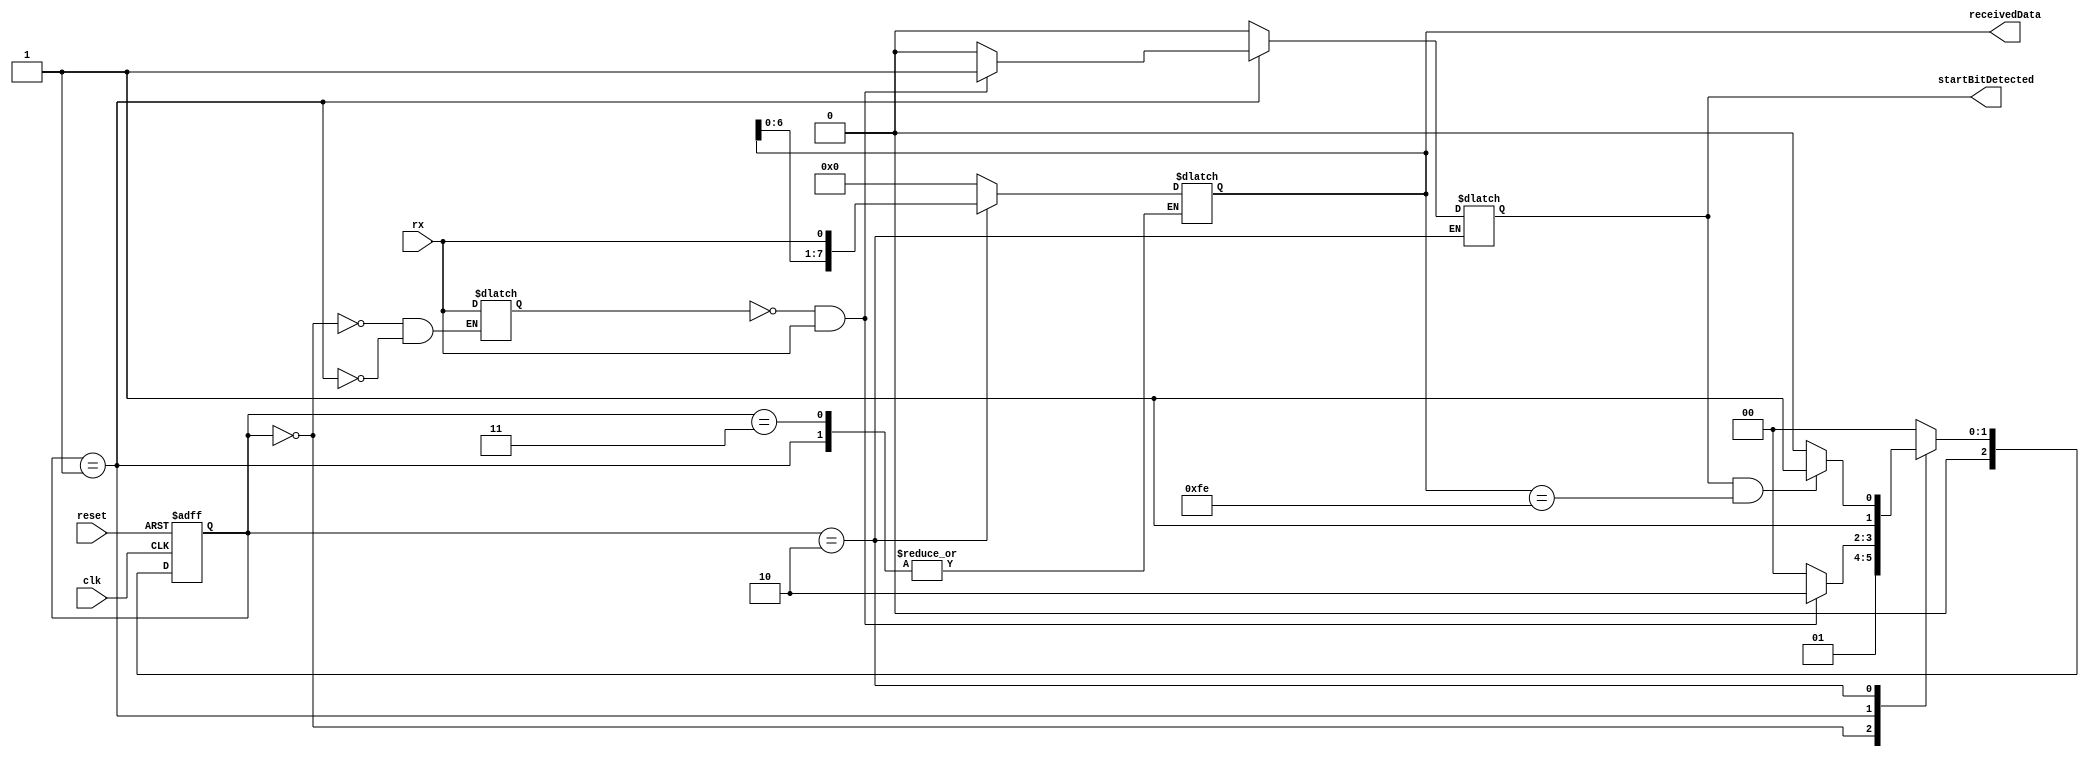
module fsm_module ( 
  input clk,
  input reset,
  input rx,
  output reg startBitDetected,
  output reg [7:0] receivedData
);

  parameter IDLE = 3'b000;
  parameter START_BIT = 3'b001;
  parameter DATA_BITS = 3'b010;
  parameter STOP_BIT = 3'b011;
  parameter STATE_A = 3'b100; // Additional state

  reg [2:0] current_state;
  reg [2:0] next_state;
  reg rx_prev;

  always @(posedge clk or posedge reset) begin
    if (reset) begin
      current_state <= IDLE;
    end else begin
      current_state <= next_state;
    end
  end

  always @(current_state or rx) begin
    case (current_state)
      IDLE:
        begin
          startBitDetected <= 0;
          receivedData <= 0;
          rx_prev <= rx;
          next_state = START_BIT;
        end
      START_BIT:
        begin
          if (rx_prev == 0 && rx == 1) begin
            startBitDetected <= 1;
            next_state = DATA_BITS;
          end else begin
            startBitDetected <= 0;
            next_state = IDLE;
          end
          rx_prev <= rx;
        end
      DATA_BITS:
        begin
          receivedData <= {receivedData[6:0], rx};
          next_state = (startBitDetected && receivedData == 8'b11111110) ? STOP_BIT : DATA_BITS;
        end
      STOP_BIT:
        begin
          startBitDetected <= 0;
          next_state = IDLE;
        end
      STATE_A:
        begin
          startBitDetected <= 0;
          receivedData <= 0;
          next_state = IDLE;
        end
      default:
        begin
          startBitDetected <= 0;
          receivedData <= 0;
          next_state = IDLE;
        end
    endcase
  end
endmodule